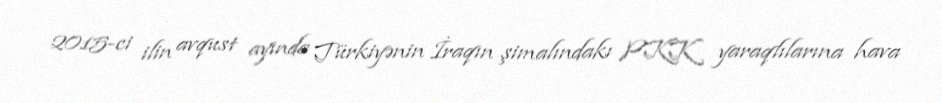
2015-ci ilin avqust ayında Türkiyənin İraqın şimalındakı PKK yaraqlılarına hava